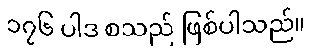
၁၇၆ ပါဒ စသည် ဖြစ်ပါသည်။